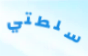
سلطتي